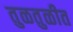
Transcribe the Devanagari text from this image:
तुळतुळीत